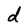
Character: d